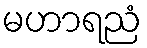
မဟာရညံ